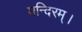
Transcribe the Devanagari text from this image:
मन्दिरम्।